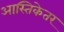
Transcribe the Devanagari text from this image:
आस्तिकेतर